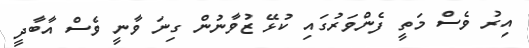
އިރު ވެސް މަތީ ފެންވަރުގައި ކުޅޭ ޒުވާނުން ގިނަ ވާނީ ވެސް އާބާދީ